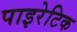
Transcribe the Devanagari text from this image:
पाइरेटिक